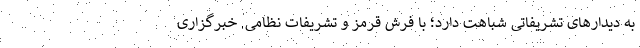
به دیدارهای تشریفاتی شباهت دارد؛ با فرش قرمز و تشریفات نظامی. خبرگزاری